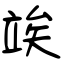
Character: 竢